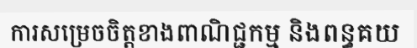
ការសម្រេចចិត្តខាងពាណិជ្ជកម្ម និងពន្ធគយ